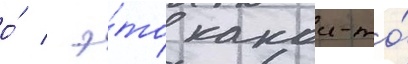
о́ / э́то какои-то́